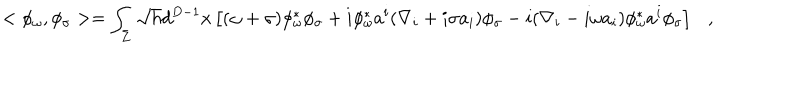
< \phi _ { \omega } , \phi _ { \sigma } > = \int _ { \Sigma } \sqrt { h } d ^ { D - 1 } x \left[ ( \omega + \sigma ) \phi _ { \omega } ^ { * } \phi _ { \sigma } + i \phi _ { \omega } ^ { * } a ^ { i } ( \nabla _ { i } + i \sigma a _ { i } ) \phi _ { \sigma } - i ( \nabla _ { i } - i \omega a _ { i } ) \phi _ { \omega } ^ { * } a ^ { i } \phi _ { \sigma } \right] ,